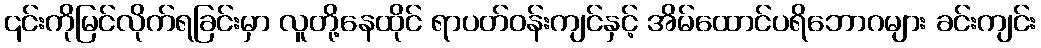
၎င်းကိုမြင်လိုက်ရခြင်းမှာ လူတို့နေထိုင် ရာပတ်ဝန်းကျင်နှင့် အိမ်ထောင်ပရိဘောဂများ ခင်းကျင်း